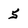
Character: 5